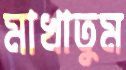
মাখাতুম